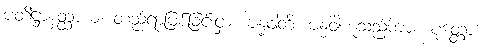
ပတိဋ္ဌာနတ္ထာယ၊ တည်ရာဖြစ်ခြင်းငှာ။ ဗန္ဓဝါတိ၊ ဗန္ဓဝါဟူသည်ကား။ ပုတ္တော၊